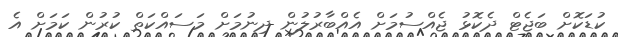
ކުޑަކޮށް ބަޖެޓް ދެކޮޅު ޖެއްސުމަށް އެއްބާރުލުން ދިނުމަށް މަސައްކަތް ކުރުން ކަމަށް އެ